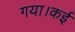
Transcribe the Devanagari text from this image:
गया।कई